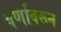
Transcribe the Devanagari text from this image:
वर्णावरून